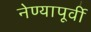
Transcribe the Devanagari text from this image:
नेण्यापूर्वी